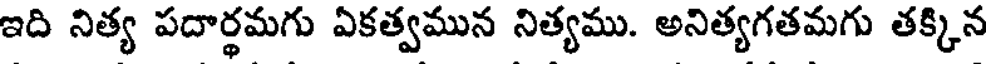
ఇది నిత్య పదార్థమగు ఏకత్వమున నిత్యము. అనిత్యగతమగు తక్కిన